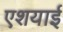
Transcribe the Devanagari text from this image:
एशयाई